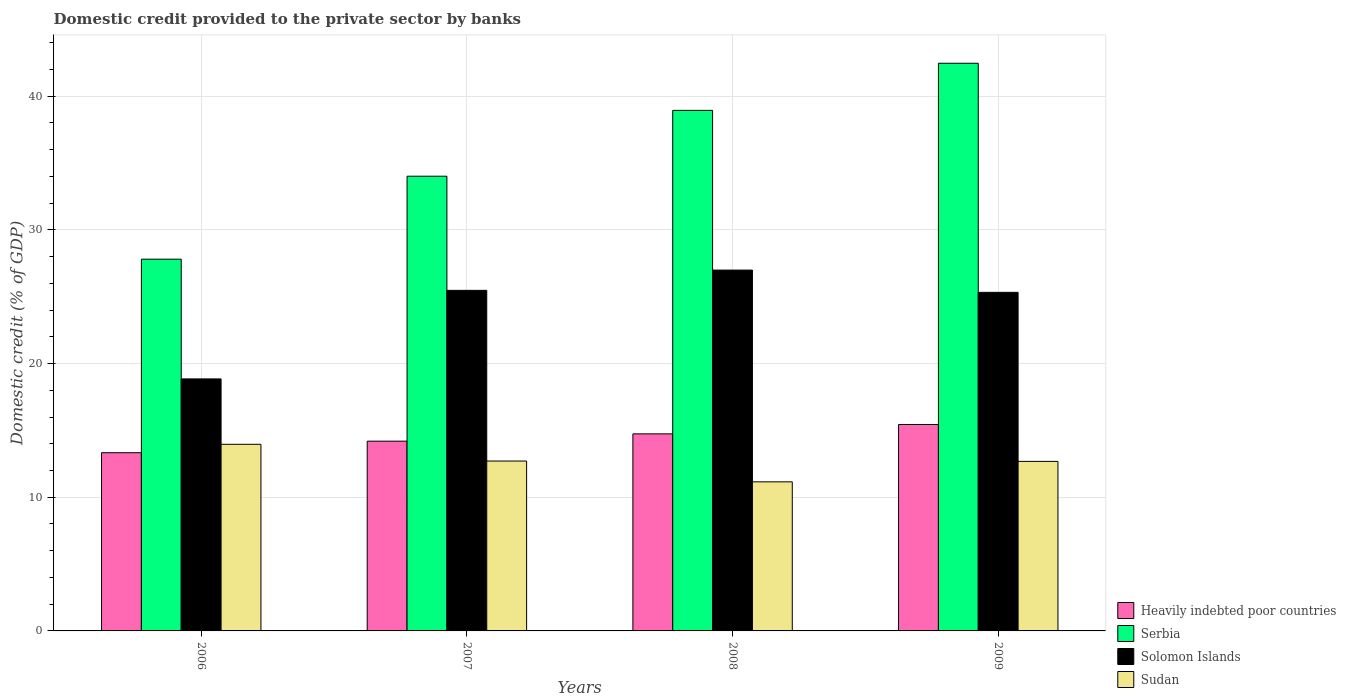
| Years | Heavily indebted poor countries | Serbia | Solomon Islands | Sudan |
 | --- | --- | --- | --- | --- |
 | 2006 | 13.3 | 27.8 | 18.9 | 14 |
 | 2007 | 14.2 | 34 | 25.5 | 12.7 |
 | 2008 | 14.7 | 38.9 | 27 | 11.2 |
 | 2009 | 15.4 | 42.5 | 25.3 | 12.7 |